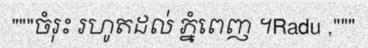
"""ចំរុះ រហូតដល់ ភ្នំពេញ ។Radu ,"""